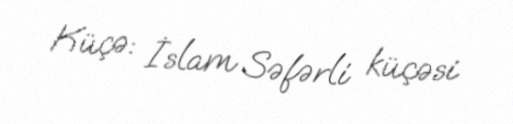
Küçə: İslam Səfərli küçəsi